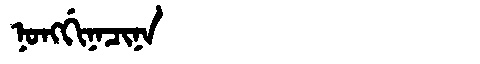
Manchu: ᠨᠣᠩᡤᡳᠨᠠᠴᡳᠨᠠ
Romanization: NONGGINACINA